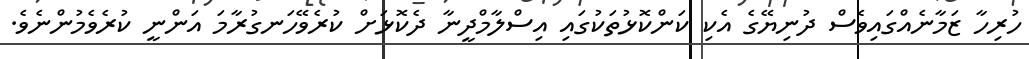
ހުރިހާ ޒަމާނެއްގައިވެސް ދުނިޔޭގެ އެކި ކަންކޮޅުތަކުގައި އިސްލާމްދީނާ ދެކޮޅަށް ކުރެވޭހަނގުރާމަ އަންނީ ކުރެވެމުންނެވެ.